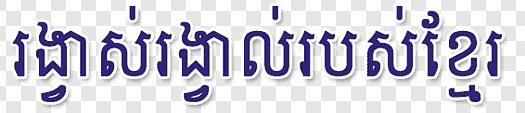
រង្វាស់រង្វាល់របស់ខ្មែរ